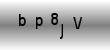
Text: bp8jV